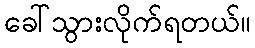
ခေါ်သွားလိုက်ရတယ်။